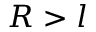
R > l